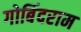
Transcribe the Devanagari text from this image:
गोबिंदराम